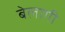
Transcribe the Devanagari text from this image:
बेलागी